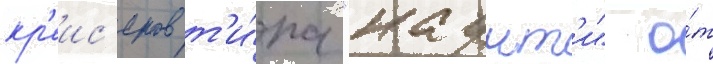
кр'еис'еров т'и́па "каунт'и" о́т